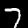
Label: 7